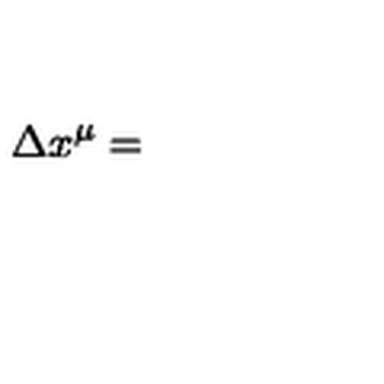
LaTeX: \Delta x ^ { \mu } =